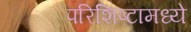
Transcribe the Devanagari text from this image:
परिशिष्टामध्ये